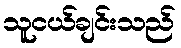
သူငယ်ချင်းသည်